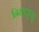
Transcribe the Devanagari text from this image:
निराक्कूट्टू